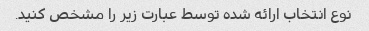
نوع انتخاب ارائه شده توسط عبارت زیر را مشخص کنید.